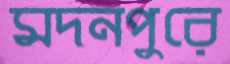
মদনপুরে